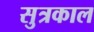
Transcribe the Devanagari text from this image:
सुत्रकाल